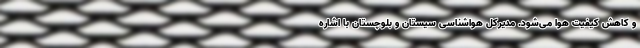
و کاهش کیفیت هوا می‌شود. مدیرکل هواشناسی سیستان و بلوچستان با اشاره